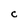
Character: C